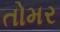
તોમર